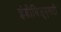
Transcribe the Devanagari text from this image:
इंडीविजुएलटी